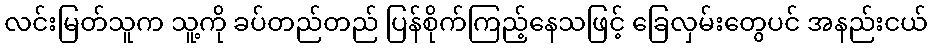
လင်းမြတ်သူက သူ့ကို ခပ်တည်တည် ပြန်စိုက်ကြည့်နေသဖြင့် ခြေလှမ်းတွေပင် အနည်းငယ်